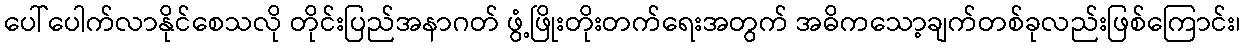
ပေါ်ပေါက်လာနိုင်စေသလို တိုင်းပြည်အနာဂတ် ဖွံ့ဖြိုးတိုးတက်ရေးအတွက် အဓိကသော့ချက်တစ်ခုလည်းဖြစ်ကြောင်း၊